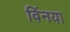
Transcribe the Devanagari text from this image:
विंनया